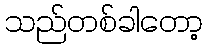
သည်တစ်ခါတော့